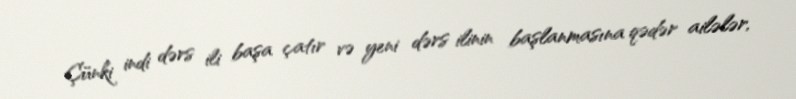
Çünki indi dərs ili başa çatır və yeni dərs ilinin başlanmasına qədər ailələr,